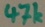
Text: 47k